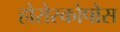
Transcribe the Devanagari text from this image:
होरोस्कोपोस